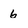
Character: 6